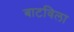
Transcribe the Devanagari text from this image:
बाटविला